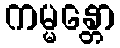
ကမ္မန္တော